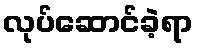
လုပ်ဆောင်ခဲ့ရာ